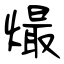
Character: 熶